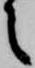
之